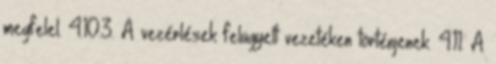
megfelel. 4.10.3. A vezérlések felügyelt vezetéken történjenek. 4.11. A